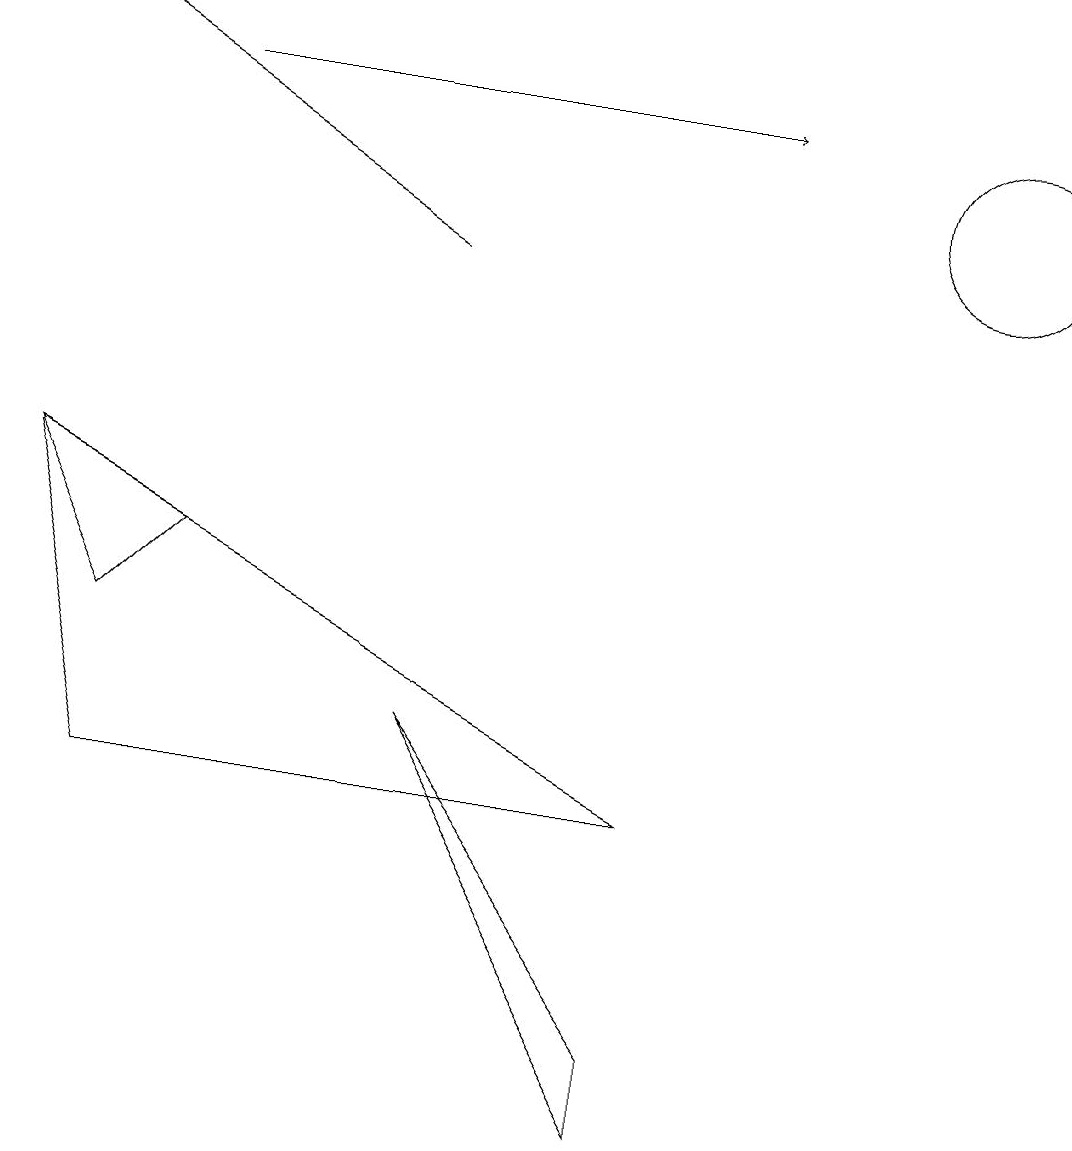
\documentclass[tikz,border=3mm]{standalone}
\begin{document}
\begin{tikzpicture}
\draw (0,8) -- (2,7) -- (1,6) -- cycle;
\draw (12,12) circle (1);
\draw (8,4) -- (1,4) -- (0,8) -- cycle;
\draw[->] (2,13) -- (9,13);
\draw (10,12) circle (0);
\draw (8,1) -- (8,0) -- (5,5) -- cycle;
\draw[->] (5,11) -- (0,14);
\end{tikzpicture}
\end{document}